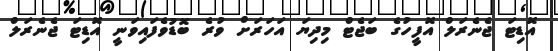
އޮޑިޓަ ޖެނެރަލް އޮފީހުގެ ބަޖެޓް މިދިޔަ އަހަރަށް ވުރެ ބޮޑުވެފައިވަނީ އޮޑިޓަ ޖެނެރަލް